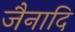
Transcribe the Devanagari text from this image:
जैनादि